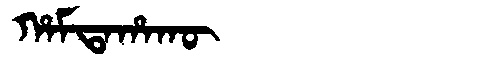
Manchu: ᡥᠠᠮᡨᠠᡥᠠᡴᡡ
Romanization: HAMTAHAKŪ